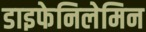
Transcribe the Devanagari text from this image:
डाइफेनिलेमिन